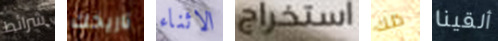
شرائط تاريخك الاثناء استخراج ذلك ألقينا